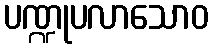
ပဏ္ဍုပလာသောဝ